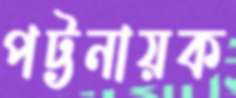
পট্টনায়ক